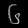
Digit: ၆